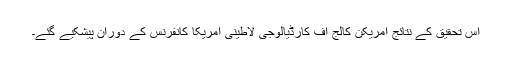
اس تحقیق کے نتائج امریکن کالج آف کارڈیالوجی لاطینی امریکا کانفرنس کے دوران پیشکیے گئے۔